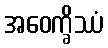
အဝေက္ခိဿံ